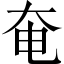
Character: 奄